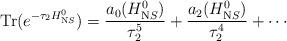
LaTeX: \begin{align*}\mathrm{Tr}(e^{-\tau_2 H_{\mathrm NS}^0})=\frac{a_0(H_{\mathrm NS}^0)}{\tau_2^5} +\frac{a_2(H_{\mathrm NS}^0)}{\tau_2^4}+\cdots\end{align*}